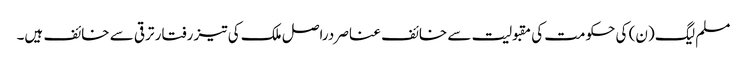
مسلم لیگ (ن) کی حکومت کی مقبولیت سے خائف عناصر دراصل ملک کی تیز رفتار ترقی سے خائف ہیں۔